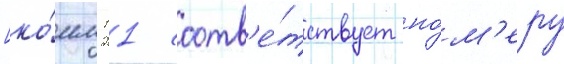
[ко́мм 11 соотв'е́тствует но́м'еру